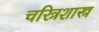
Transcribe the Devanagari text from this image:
चरित्रशास्त्र